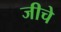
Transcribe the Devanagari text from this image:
जीचे